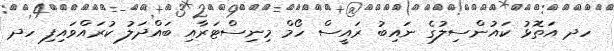
ހދ އަތޮޅު ކައުންސިލުގެ ނައިބު ރައީސް ހޯމް މިނިސްޓަރާއި ބައްދަލު ކުރައްވައިފި ހދ